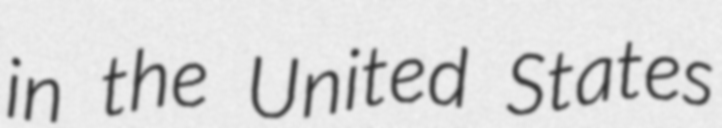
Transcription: in the United States